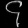
Digit: ၄